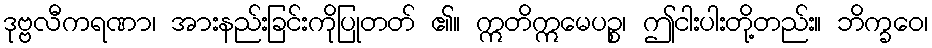
ဒုဗ္ဗလီကရဏာ၊ အားနည်းခြင်းကိုပြုတတ် ၏။ ဣတိဣမေပဉ္စ၊ ဤငါးပါးတို့တည်း။ ဘိက္ခဝေ၊